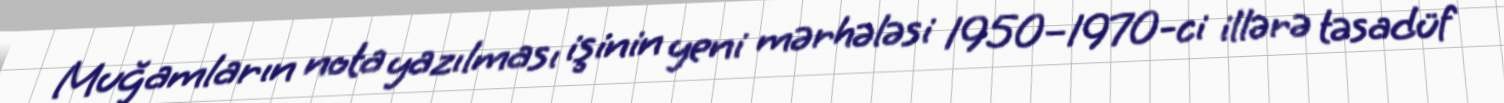
Muğamların nota yazılması işinin yeni mərhələsi 1950–1970-ci illərə təsadüf